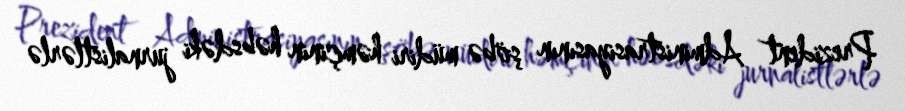
Prezident Administrasiyasının şöbə müdiri həmçinin həbsdəki jurnalistlərlə